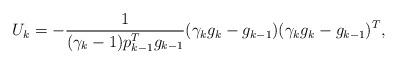
LaTeX: \begin{align*}U_k = -\frac1{(\gamma_k-1) p_{k-1}^T g_{k-1}}(\gamma_{k}g_k - g_{k-1})(\gamma_{k}g_k-g_{k-1})^T,\end{align*}